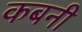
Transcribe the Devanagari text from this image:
कबनी